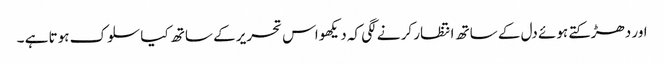
اور دھڑکتے ہوئے دل کے ساتھ انتظار کر نے لگی کہ دیکھو اس تحریر کے ساتھ کیا سلوک ہوتا ہے ۔